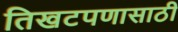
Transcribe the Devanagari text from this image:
तिखटपणासाठी